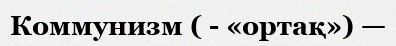
Коммунизм ( - «ортақ») —